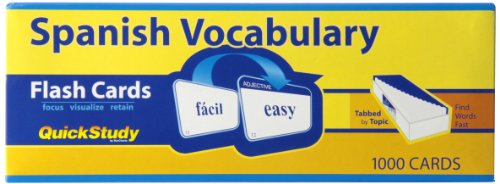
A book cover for Spanish Vocabulary Upc #65414021663 (Quick Study); Inc. BarCharts; Cookbooks, Food & Wine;